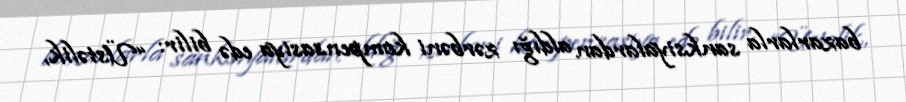
bazarlarla sanksiyalardan aldığı zərbəni kompensasiya edə bilir: “Üstəlik,